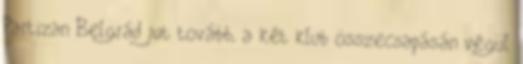
Partizan Belgrád jut tovább, a két klub összecsapásán végül